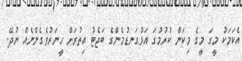
އެކަމަކު މީގަ މީގެ މިކަން ކުރުމުގަ އަޅުގަނޑުމެންގެ ބަޖެޓު އިތުރަށް ހީނަރުވެގެންނެއް ނުދޭ.